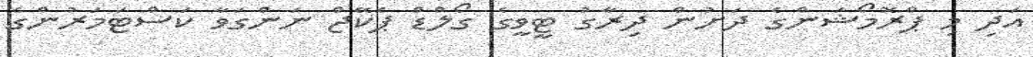
އަދި މި ޕްރޮމޯޝަންގެ ދަށުން ދިރާގު ޓީވީގެ ގޯލްޑް ޕެކޭޖް ނަންގަވާ ކަސްޓަމަރުންގެ